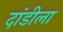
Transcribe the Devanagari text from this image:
दांडीला